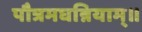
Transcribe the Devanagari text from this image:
पौत्रमघन्नियाम्॥